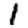
Digit: 1